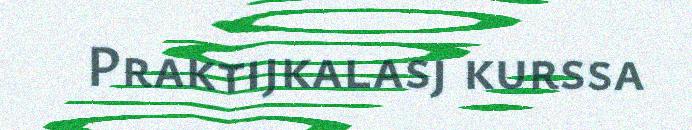
Praktijkalasj kurssa